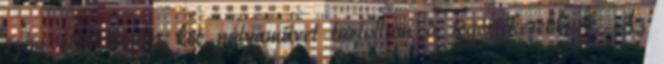
szem előtt tartva két pályaművet tartottam a legértékesebbnek. Az